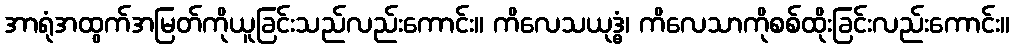
အာရုံအထွက်အမြတ်ကိုယူခြင်းသည်လည်းကောင်း။ ကိလေသယုဒ္ဓံ၊ ကိလေသာကိုစစ်ထိုးခြင်းလည်းကောင်း။